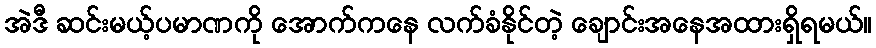
အဲဒီ ဆင်းမယ့်ပမာဏကို အောက်ကနေ လက်ခံနိုင်တဲ့ ချောင်းအနေအထားရှိရမယ်။